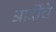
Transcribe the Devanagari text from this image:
आदींंचे